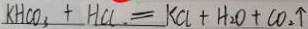
K H C O _ { 3 } + H a = K a + H _ { 2 } O + C O _ { 2 } \uparrow